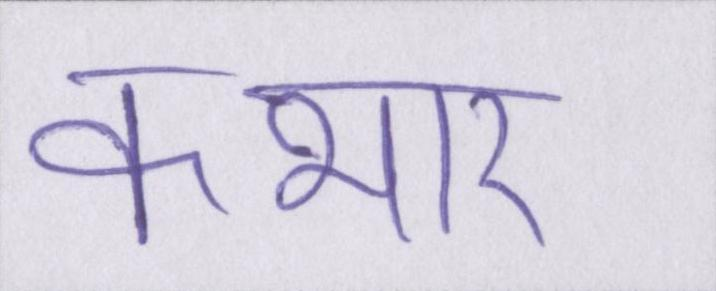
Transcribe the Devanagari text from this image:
कभार